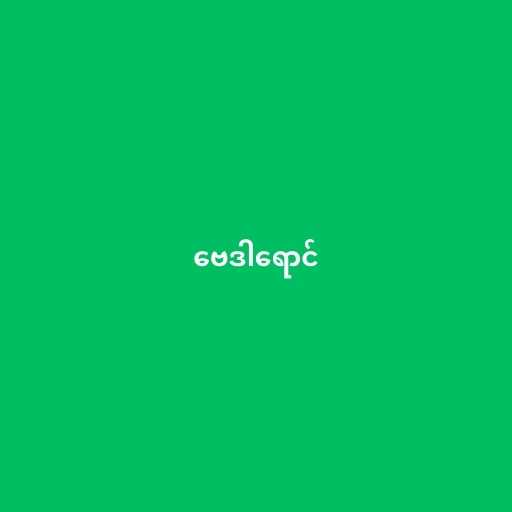
ဗေဒါရောင်